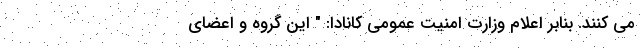
می کنند. بنابر اعلام وزارت امنیت عمومی کانادا: " این گروه و اعضای